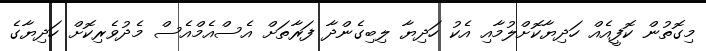
މިގޮތުން ކޮފީއެއް ހަދިޔާކޮށްލުމާއި އެކު ހަދިޔާ ލިބިގެންދާ ފަރާތަށް އެސްއެމްއެސް މެދުވެރިކޮށް ހަދިޔާގެ